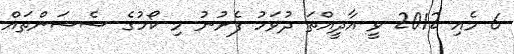
6 މެއި 2012 ވީ އާދީއްތަ ދުވަހު ފެށުނު މި ކޯހުގެ ސެޝަންތައް